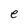
Character: e